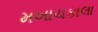
મખાચકાલા